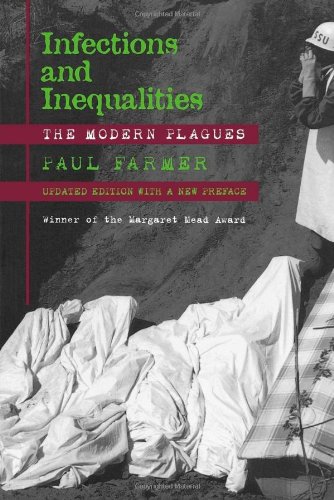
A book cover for Infections and Inequalities: The Modern Plagues, Updated with a New Preface; Paul Farmer; Medical Books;